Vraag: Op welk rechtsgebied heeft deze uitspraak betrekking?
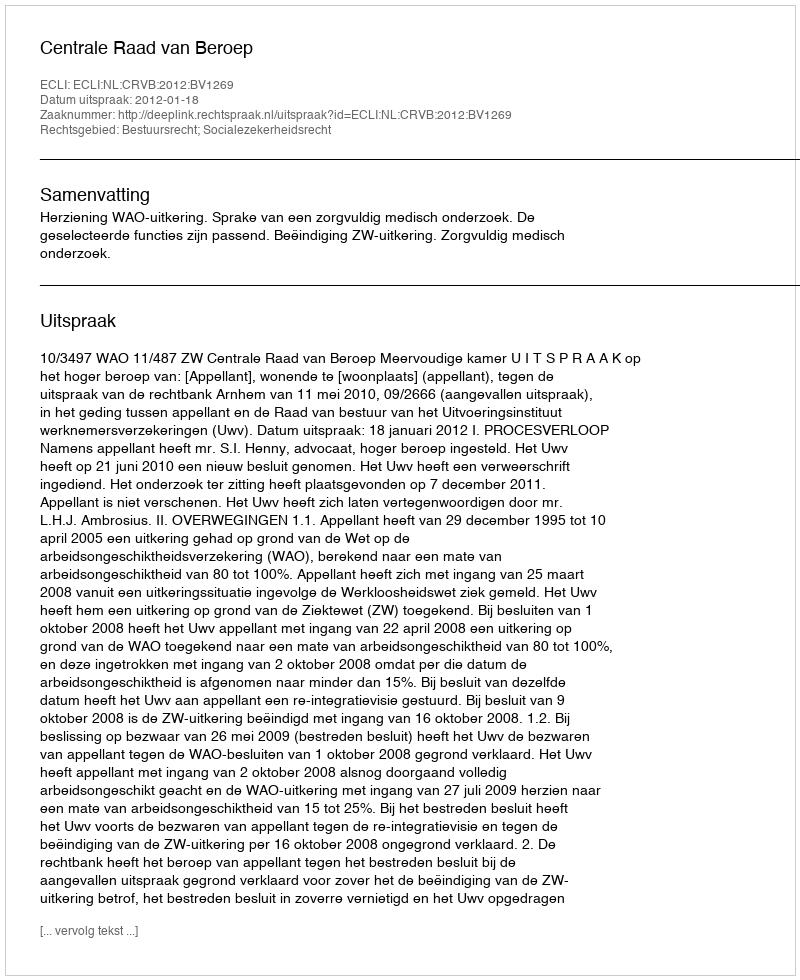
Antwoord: Bestuursrecht; Socialezekerheidsrecht